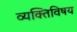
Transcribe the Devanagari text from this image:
व्यक्तिविषय